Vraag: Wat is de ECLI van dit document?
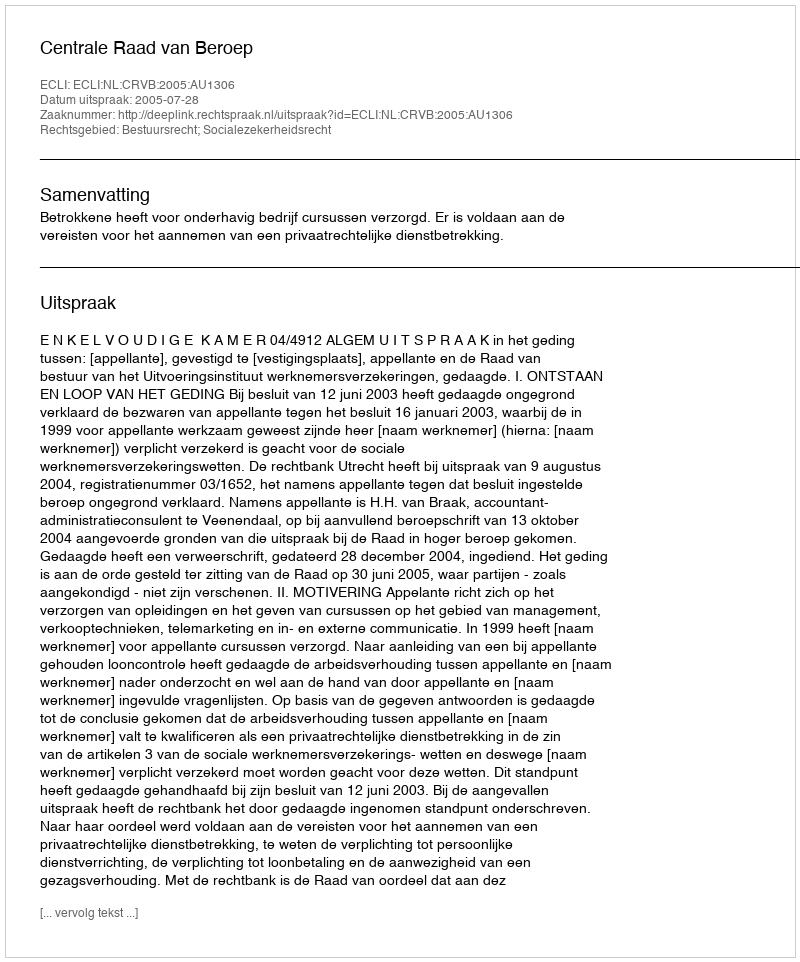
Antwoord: ECLI:NL:CRVB:2005:AU1306